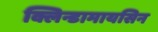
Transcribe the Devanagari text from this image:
क्लिन्डामायसिन